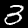
Digit: 3